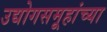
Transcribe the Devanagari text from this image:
उद्योगसमूहांच्या